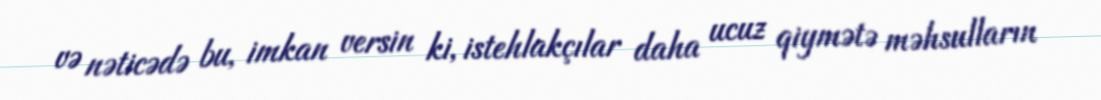
və nəticədə bu, imkan versin ki, istehlakçılar daha ucuz qiymətə məhsulların